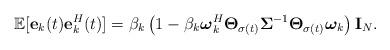
LaTeX: \begin{align*}\mathbb{E}[{\bf e}_k(t){\bf e}^H_k(t)]=\beta_k \left(1-\beta_k \boldsymbol{\omega}_k^H \boldsymbol{\Theta}_{\sigma(t)} \boldsymbol{\Sigma}^{-1} \boldsymbol{\Theta}_{\sigma(t)} \boldsymbol{\omega}_k\right) {\bf I}_N.\end{align*}